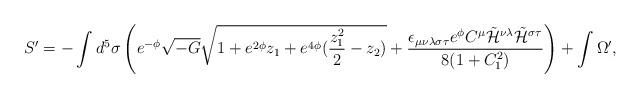
LaTeX: \begin{align*}S^{\prime}= - \int d^5 \sigma \left( e^{-\phi} \sqrt{-G}\sqrt{1+e^{2\phi}z_1+e^{4\phi}(\frac{z_1^2}{2}-z_2)}+\frac{\epsilon_{\mu\nu\lambda\sigma\tau}e^{\phi}C^{\mu}\tilde{{\cal H}}^{\nu\lambda}\tilde{{\cal H}}^{\sigma\tau}}{8(1+C_1^2)}\right)+\int \Omega^{\prime},\end{align*}